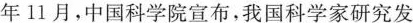
年11月，中国科学院宣布，我国科学家研究发